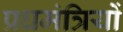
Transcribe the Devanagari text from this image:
प्रधमंत्रियों